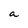
Character: a